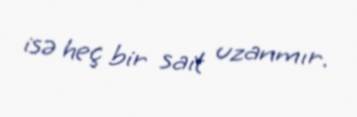
isə heç bir sait uzanmır.